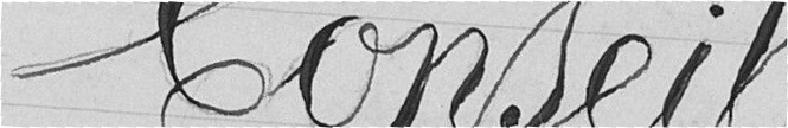
Conseil